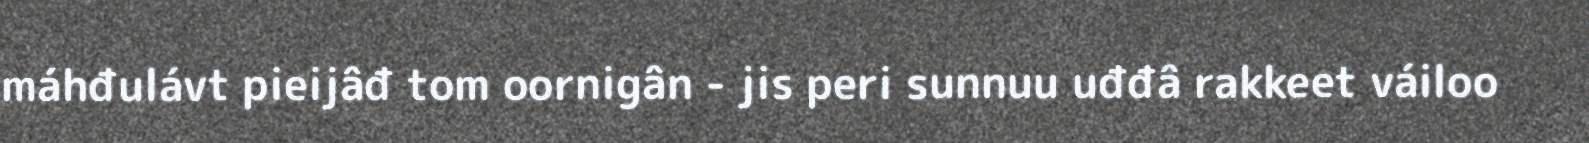
máhđulávt pieijâđ tom oornigân - jis peri sunnuu uđđâ rakkeet váiloo